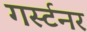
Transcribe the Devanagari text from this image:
गर्स्टनर